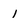
Character: 1